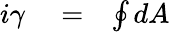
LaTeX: \begin{array}{rlr}{i\gamma}&{{}=}&{\oint dA}\end{array}